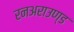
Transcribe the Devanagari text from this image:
रनअराउण्ड